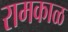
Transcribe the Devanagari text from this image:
रामकाळ